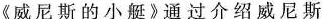
《威尼斯的小艇》通过介绍威尼斯